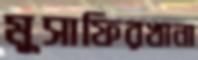
মুসাফিরখানা